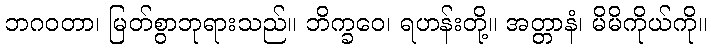
ဘဂဝတာ၊ မြတ်စွာဘုရားသည်။ ဘိက္ခဝေ၊ ရဟန်းတို့။ အတ္တာနံ၊ မိမိကိုယ်ကို။